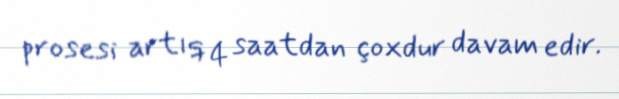
prosesi artıq 4 saatdan çoxdur davam edir.